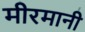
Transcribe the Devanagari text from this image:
मीरमानी